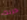
حربك